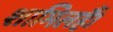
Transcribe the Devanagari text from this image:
शामिलहैं।